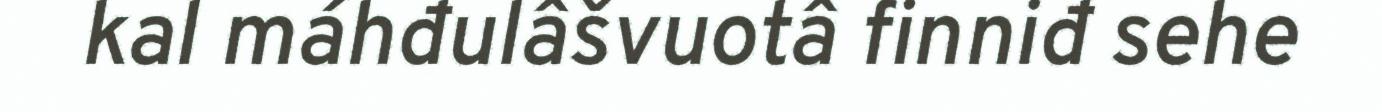
kal máhđulâšvuotâ finniđ sehe